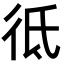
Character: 彽